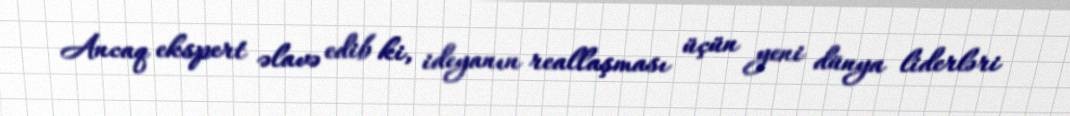
Ancaq ekspert əlavə edib ki, ideyanın reallaşması üçün yeni dünya liderləri